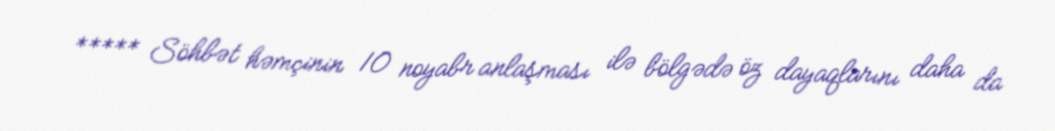
***** Söhbət həmçinin 10 noyabr anlaşması ilə bölgədə öz dayaqlarını daha da